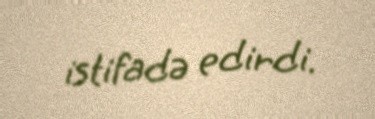
istifadə edirdi.